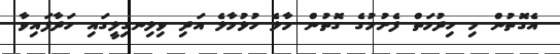
އެގޮތުން މި ހިދުމަތް ފެށުމުގެ ގޮތުން މާލެ ހުޅުމާލެ އަދި ވިލިނގިލީގައި ހަދާފައިވާ